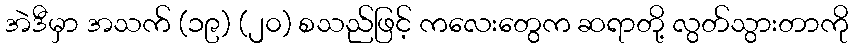
အဲဒီမှာ အသက် (၁၉) (၂၀) စသည်ဖြင့် ကလေးတွေက ဆရာတို့ လွတ်သွားတာကို